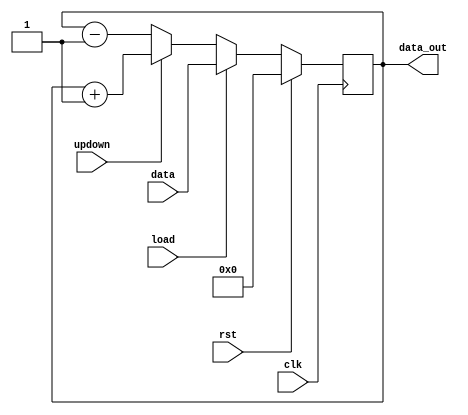
// Code your design here
module counter(clk, rst, data, updown, load, data_out);
 
 input clk, rst, load;
 input updown;
 input [3:0] data;
  
  reg [3:0] rand_num;
  
 output reg [3:0] data_out;
 always@(posedge clk)
 begin
   if(rst)
   data_out <= 4'h0;
  else if(load)
   data_out <= data;
  else
    data_out <= ((updown)?(data_out + 1'b1):(data_out -1'b1));
  end
  `ifdef BUGG_CODE
  //bug
  always@(posedge clk)
    begin
      //if(data_out==4)
        data_out='hf;
    end
  `endif
  
 
  


endmodule